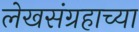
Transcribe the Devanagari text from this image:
लेखसंग्रहाच्या